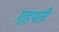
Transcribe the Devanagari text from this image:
गृहपती